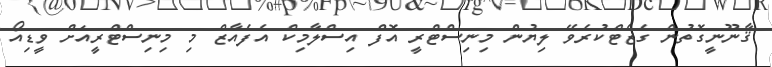
ޤާނޫނީގޮތުން ގެޒެޓްކުރެވޭ ލިޔުން މިނިސްޓްރީ އޮފް އިސްލާމިކް އެފެއާޒް މި މިނިސްޓްރީއަށް ވީޑިއޯ